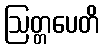
ဩတ္တပေတိ